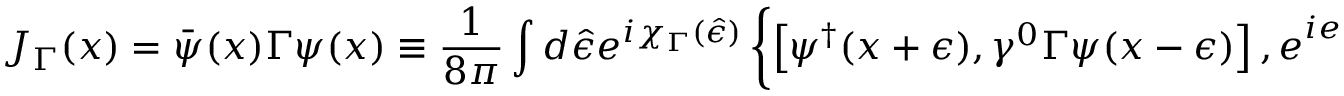
J _ { \Gamma } ( x ) = \bar { \psi } ( x ) \Gamma \psi ( x ) \equiv \frac { 1 } { 8 \pi } \int d \hat { \epsilon } e ^ { i \chi _ { \Gamma } ( \hat { \epsilon } ) } \left\{ \left[ \psi ^ { \dagger } ( x + \epsilon ) , \gamma ^ { 0 } \Gamma \psi ( x - \epsilon ) \right] , e ^ { i e \int _ { x - \epsilon } ^ { x + \epsilon } d x _ { i } A _ { i } ^ { t r } } \right\} _ { | \epsilon | \propto | \eta | }